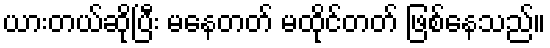
ယားတယ်ဆိုပြီး မနေတတ် မထိုင်တတ် ဖြစ်နေသည်။